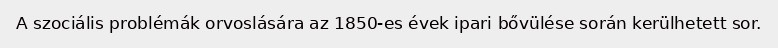
A szociális problémák orvoslására az 1850-es évek ipari bővülése során kerülhetett sor.